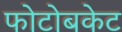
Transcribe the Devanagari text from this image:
फोटोबकेट